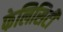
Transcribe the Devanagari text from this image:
फेलिसिटी